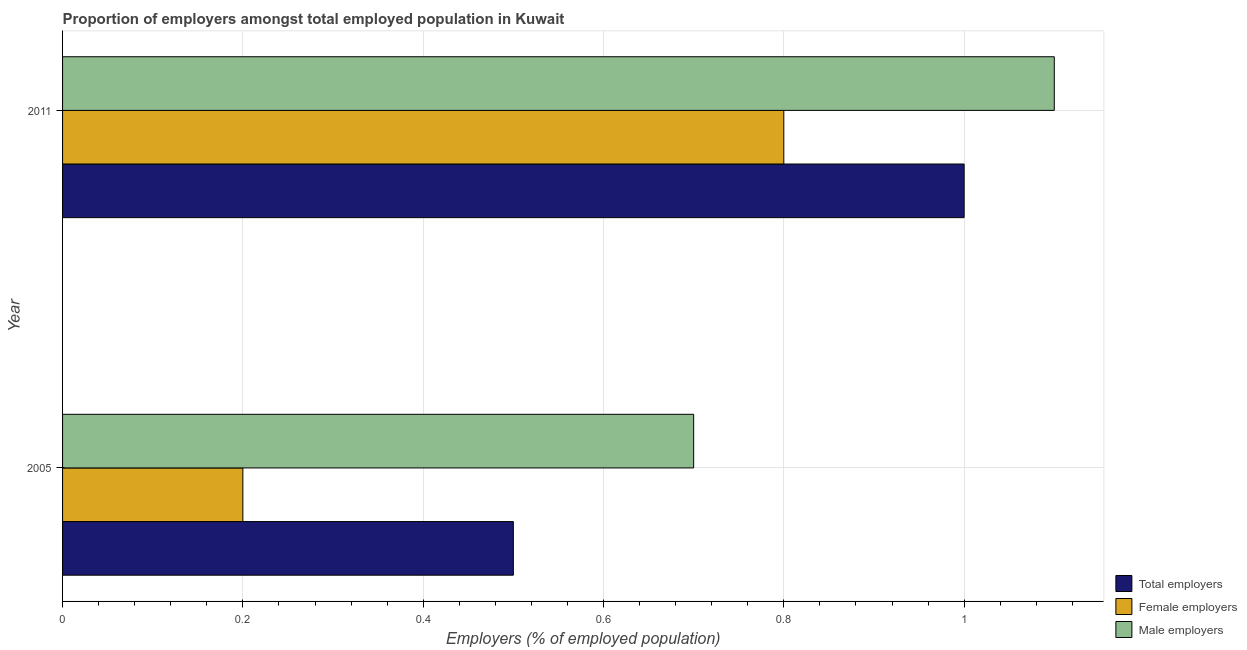
| Year | Total employers | Female employers | Male employers |
 | --- | --- | --- | --- |
 | 2005 | 0.5 | 0.2 | 0.7 |
 | 2011 | 1 | 0.8 | 1.1 |